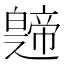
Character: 𤾤